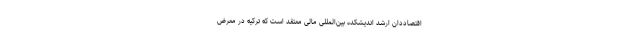
اقتصاددان ارشد اندیشکده بین‌المللی مالی معتقد است که ترکیه در معرض